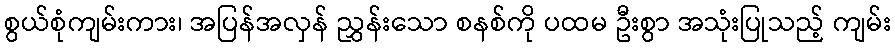
စွယ်စုံကျမ်းကား၊ အပြန်အလှန် ညွှန်းသော စနစ်ကို ပထမ ဦးစွာ အသုံးပြုသည့် ကျမ်း